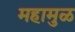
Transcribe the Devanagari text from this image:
महामुळ